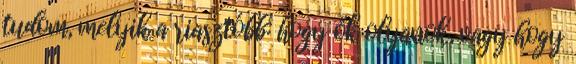
tudom, melyik a riasztóbb: hogy ők olyanok, vagy hogy